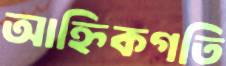
আহ্নিকগতি